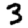
Digit: 3